Annual returns of the Patna Lunatic Asylum at Bankipore in Bihar and Orissa - 1912-1924
Year: 1912
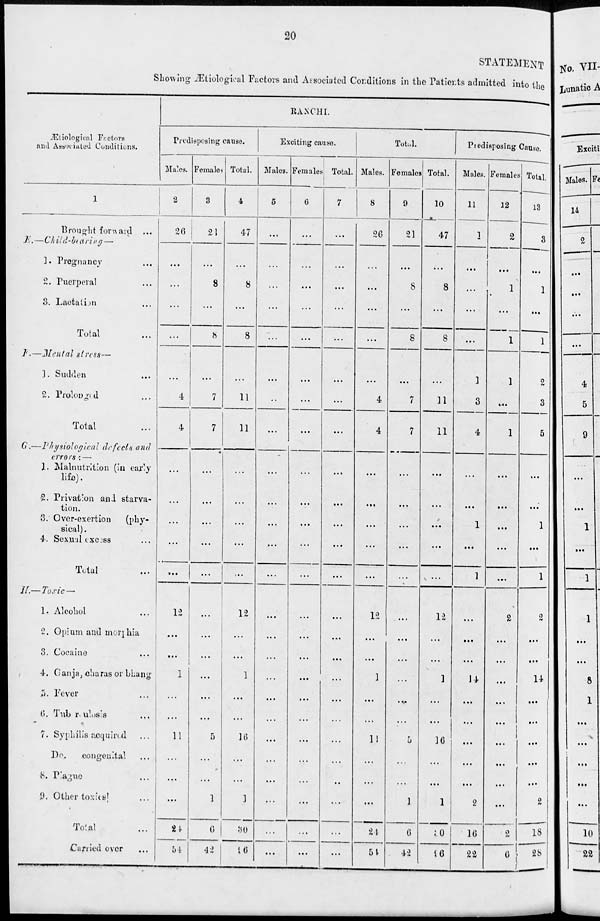
20
STATEMENT
Showing Ætiological Factors and Associated Conditions in the Patients admitted into the
Ætiological Factors
and Associated Conditions.
1
Brought forward
...
E. — Child-bearing —
1. Pregnancy
...
2. Puerperal
...
3. Lactation
...
Total ...
F.—Mental
stress —
1. Sudden ...
2. Prolonged ...
Total ...
G.— Physiological defects and
errors: —
1. Malnutrition (in early
life).
2. Privation and starva-
tion.
3. Over-exertion
(phy-
sical) .
4. Sexual excess ...
Total ...
II.—Toxic —
1. Alcohol ...
2. Opium and morphia
3. Cocaine ...
4. Ganja, charas or bhang
5. Fever ...
6. Tuberculosis ...
7. Syphilis acquired ...
Do.
congenital ...
8. Plauge ...
9. Other toxics ...
Total ...
Carried over ...
RANCHI.
Predisposing cause.
Males.
2
26
...
...
...
...
...
4
4
...
...
...
...
...
12
...
...
1
...
...
11
...
...
...
24
54
Females
3
21
...
8
...
8
...
7
7
...
...
...
...
...
...
...
...
...
...
...
5
...
...
1
6
42
Total.
4
47
...
8
...
8
...
11
11
...
...
...
...
...
12
...
...
1
...
...
16
...
...
1
30
96
Exciting
cause.
Males.
5
...
...
...
...
...
...
...
...
...
...
...
...
...
...
...
...
...
...
...
...
...
...
...
...
...
Females.
6
...
...
...
...
...
...
...
...
...
...
...
...
...
...
...
...
...
...
...
...
...
...
...
...
...
Total.
7
...
...
...
...
...
...
...
...
...
...
...
...
...
...
...
...
...
...
...
...
...
...
...
...
...
Total.
Males.
8
26
...
...
...
...
...
4
4
...
...
...
...
...
12
...
...
1
...
...
11
...
...
...
24
54
Females.
9
21
...
8
...
8
...
7
7
...
...
...
...
...
...
...
...
...
. ...
...
5
...
...
1
6
42
Total.
10
47
...
8
...
8
...
11
11
...
...
...
...
...
12
...
...
1
...
...
16
...
...
1
30
96
Predisposing Cause.
Males.
11
1
...
...
...
...
1
3
4
...
...
1
...
1
...
...
...
14
...
...
...
...
...
2
16
22
Females
12
2
...
1
...
1
1
...
1
...
...
...
...
...
2
...
...
...
...
...
...
...
...
...
2
6
Total.
13
3
...
1
...
1
2
3
5
...
...
1
...
1
2
...
...
14
...
...
...
...
...
2
18
28